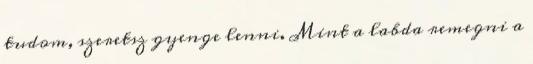
tudom, szeretsz gyenge lenni. Mint a labda remegni a